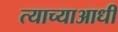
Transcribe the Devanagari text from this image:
त्याच्याआधी